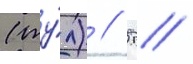
(ту́л) // 5 //